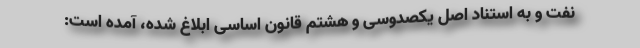
نفت و به استناد اصل یکصدوسی و هشتم قانون اساسی ابلاغ شده، آمده است: